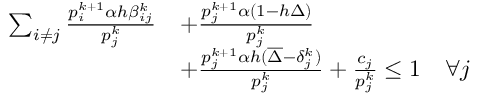
\begin{array} { r l } { \sum _ { i \neq j } \frac { p _ { i } ^ { k + 1 } \alpha h \beta _ { i j } ^ { k } } { p _ { j } ^ { k } } } & { + \frac { p _ { j } ^ { k + 1 } \alpha \left( 1 - h \Delta \right) } { p _ { j } ^ { k } } } \\ & { + \frac { p _ { j } ^ { k + 1 } \alpha h ( \overline { { \Delta } } - \delta _ { j } ^ { k } ) } { p _ { j } ^ { k } } + \frac { c _ { j } } { p _ { j } ^ { k } } \leq 1 \quad \forall j } \end{array}